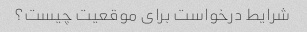
شرایط درخواست برای موقعیت چیست؟